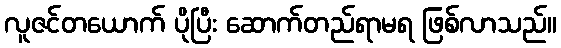
လူဇင်တယောက် ပိုပြီး ဆောက်တည်ရာမရ ဖြစ်လာသည်။